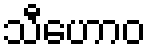
သီဟောဝ